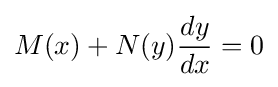
M(x)+N(y){\frac {dy}{dx}}=0